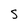
Character: S